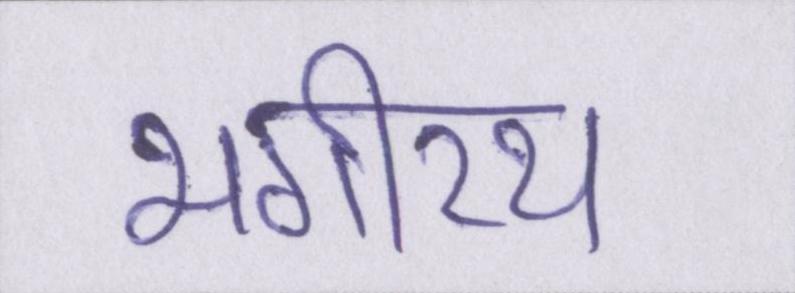
भगीरथ